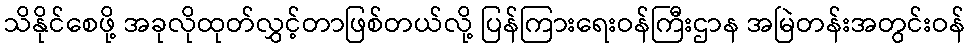
သိနိုင်စေဖို့ အခုလိုထုတ်လွှင့်တာဖြစ်တယ်လို့ ပြန်ကြားရေးဝန်ကြီးဌာန အမြဲတန်းအတွင်းဝန်